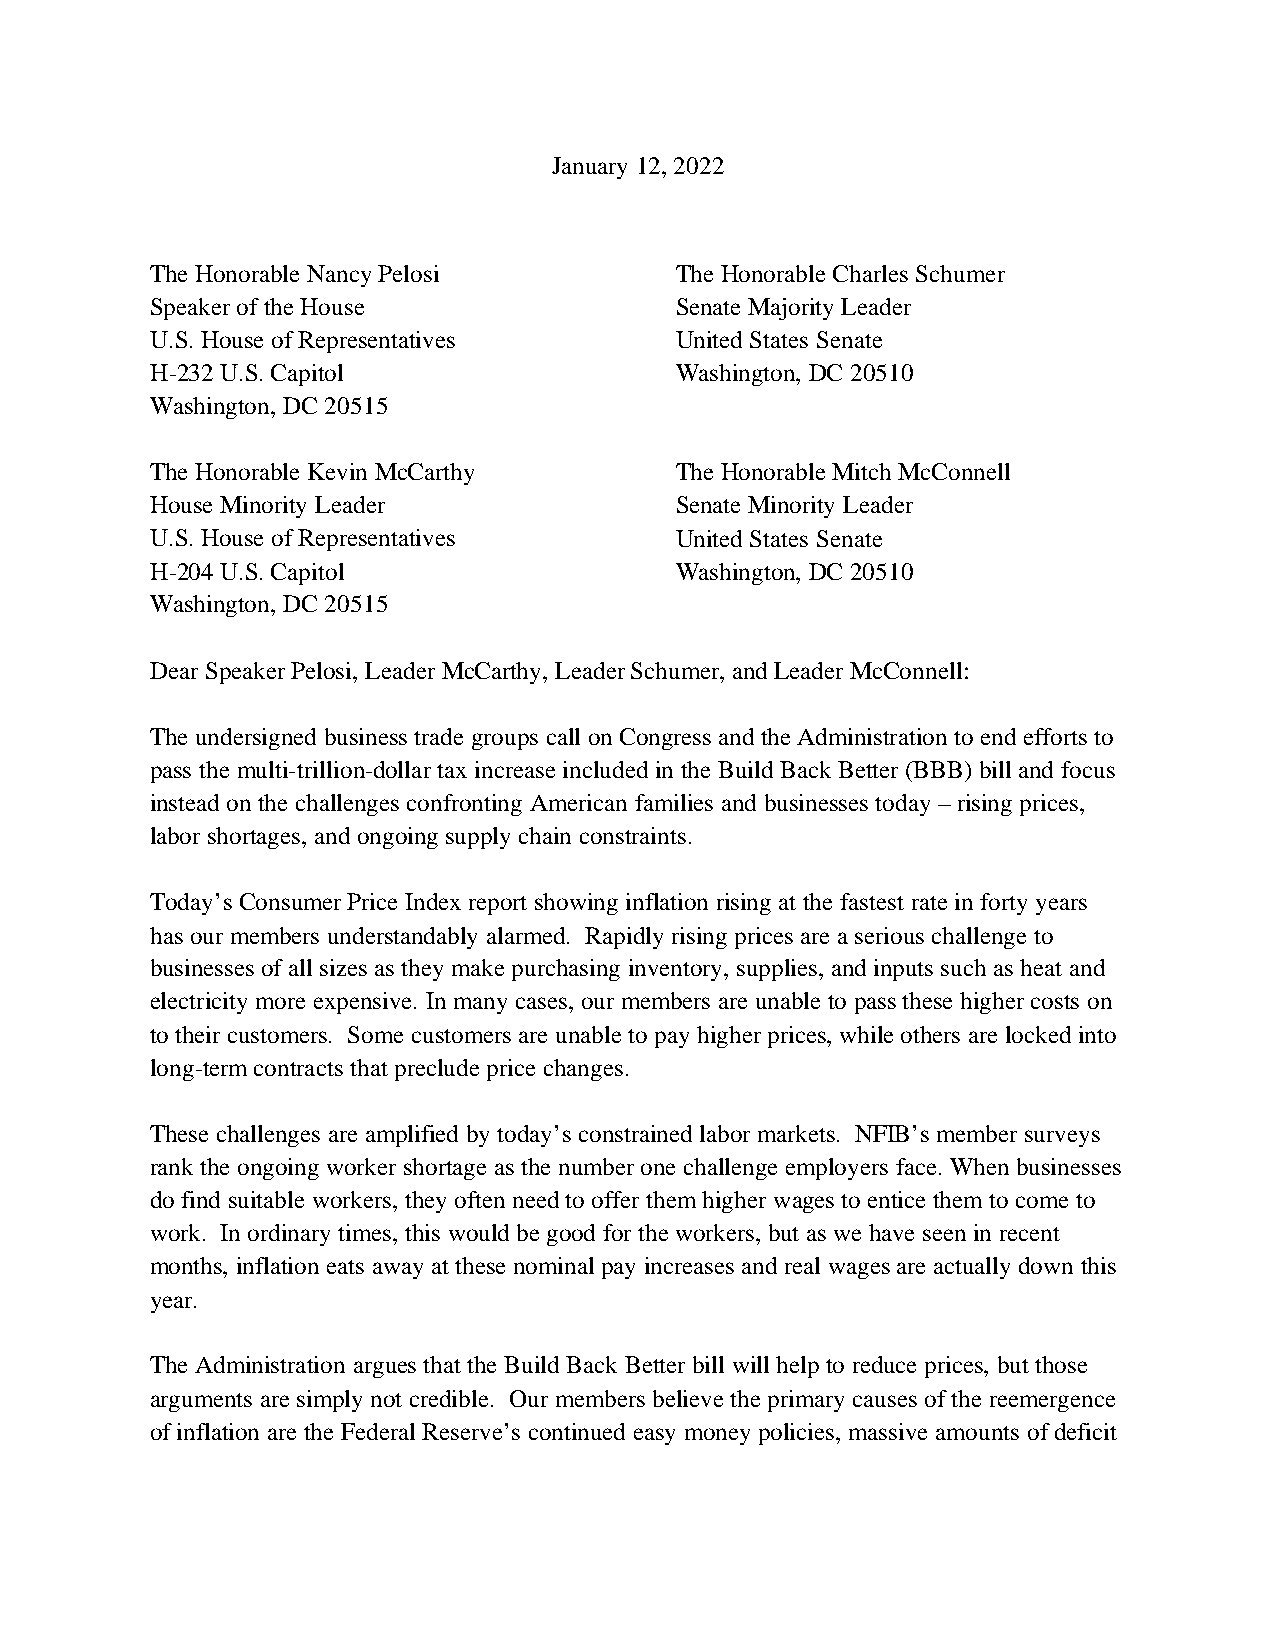
January 12, 2022
 The Honorable Nancy Pelosi         The Honorable Charles Schumer
 Speaker of the House               Senate Majority Leader
 U.S. House of Representatives      United States Senate
 H-232 U.S. Capitol                 Washington, DC 20510
 Washington, DC 20515
 The Honorable Kevin McCarthy       The Honorable Mitch McConnell
 House Minority Leader              Senate Minority Leader
 U.S. House of Representatives      United States Senate
 H-204 U.S. Capitol                 Washington, DC 20510
 Washington, DC 20515
 Dear Speaker Pelosi, Leader McCarthy, Leader Schumer, and Leader McConnell:
 The undersigned business trade groups call on Congress and the Administration to end efforts to
 pass the multi-trillion-dollar tax increase included in the Build Back Better (BBB) bill and focus
 instead on the challenges confronting American families and businesses today – rising prices,
 labor shortages, and ongoing supply chain constraints.
 Today’s Consumer Price Index report showing inflation rising at the fastest rate in forty years
 has our members understandably alarmed. Rapidly rising prices are a serious challenge to
 businesses of all sizes as they make purchasing inventory, supplies, and inputs such as heat and
 electricity more expensive. In many cases, our members are unable to pass these higher costs on
 to their customers. Some customers are unable to pay higher prices, while others are locked into
 long-term contracts that preclude price changes.
 These challenges are amplified by today’s constrained labor markets. NFIB’s member surveys
 rank the ongoing worker shortage as the number one challenge employers face. When businesses
 do find suitable workers, they often need to offer them higher wages to entice them to come to
 work. In ordinary times, this would be good for the workers, but as we have seen in recent
 months, inflation eats away at these nominal pay increases and real wages are actually down this
 year.
 The Administration argues that the Build Back Better bill will help to reduce prices, but those
 arguments are simply not credible. Our members believe the primary causes of the reemergence
 of inflation are the Federal Reserve’s continued easy money policies, massive amounts of deficit